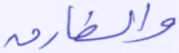
والطارق